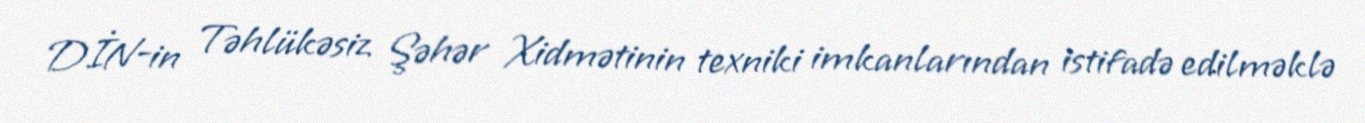
DİN-in Təhlükəsiz Şəhər Xidmətinin texniki imkanlarından istifadə edilməklə